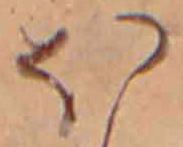
ほ